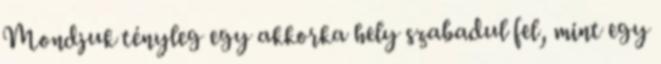
Mondjuk tényleg egy akkorka hely szabadul fel, mint egy